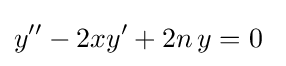
y''-2xy'+2n\,y=0~